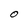
Character: O